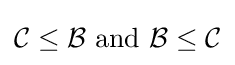
{\mathcal {C}}\leq {\mathcal {B}}{\text{ and }}{\mathcal {B}}\leq {\mathcal {C}}